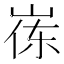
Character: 𮱪